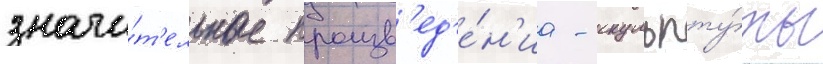
значи́т'ельные произв'ед'е́н'иа - скульпту́ры